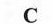
C